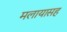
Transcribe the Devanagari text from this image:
मलायासह